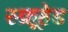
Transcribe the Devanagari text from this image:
स्क्रूहेड